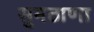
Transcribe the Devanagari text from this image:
सुमठाणा